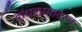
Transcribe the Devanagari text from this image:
बांधकामावरुन